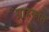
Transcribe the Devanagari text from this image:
ग्राहकांत